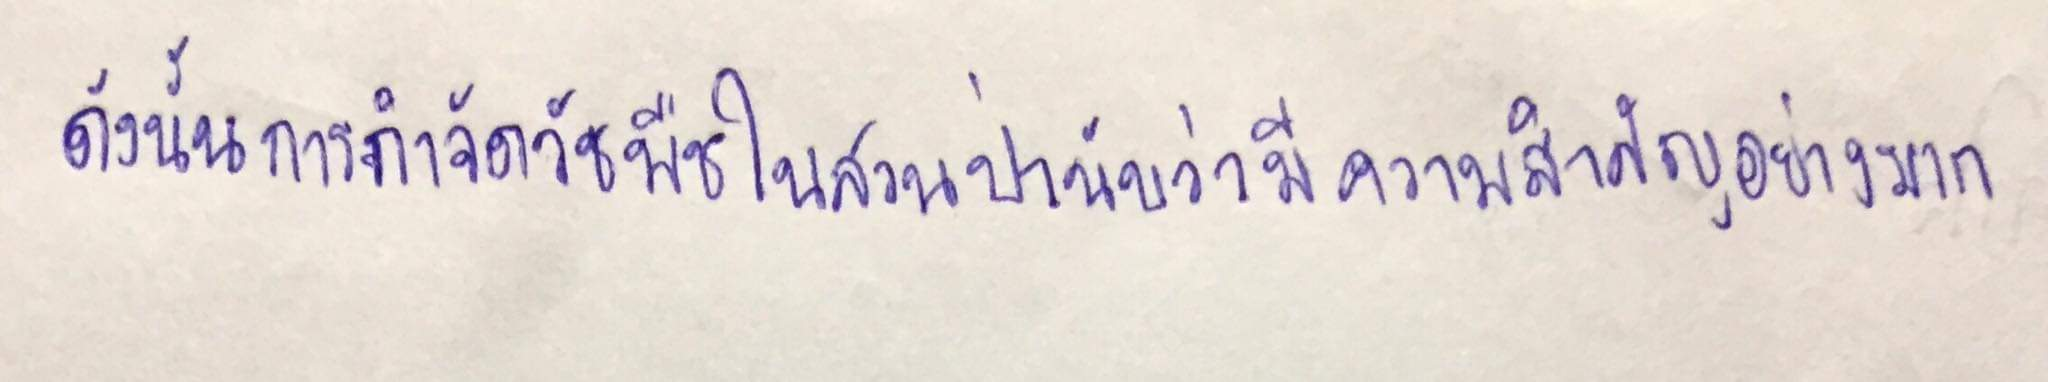
ดังนั้นการกำจัดวัชพืชในสวนป่านับว่ามีความสำคัญอย่างมาก